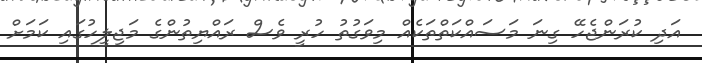
އަދި ކުރަންޖެހޭ ގިނަ މަސައްކަތްތަކެއް މިވަގުތު ހުރީ ވެސް ރައްޔިތުންގެ މަޖިލީހުގައި ކަމަށް